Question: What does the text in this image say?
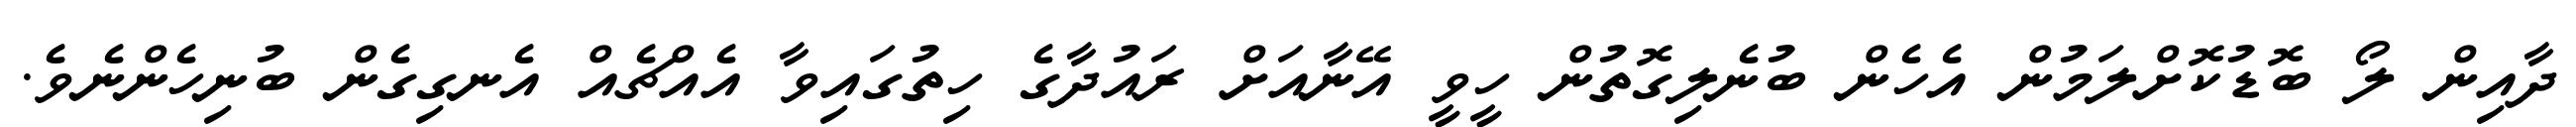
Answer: ދާއިން ލޯ ބޮޑުކޮށްލަމުން އެހެން ބުނެލިގޮތުން ހީވީ އޭނާއަށް ރައުދާގެ ހިތުގައިވާ އެއްޗެއް އެނގިގެން ބުނިހެންނެވެ.